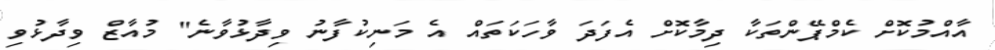
އާއްމުކޮށް ކެމްޕޭންތަކާ ދިމާކޮށް އެފަދަ ވާހަކަތައް އެ މަނިކުފާނު ވިދާޅުވާނެ" މުއާޒް ވިދާޅުވި